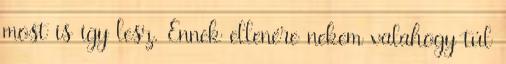
most is így lesz. Ennek ellenére nekem valahogy túl